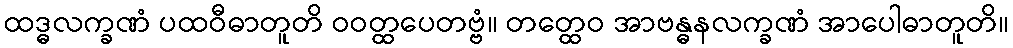
ထဒ္ဓလက္ခဏံ ပထဝီဓာတူတိ ဝဝတ္ထပေတဗ္ဗံ။ တတ္ထေဝ အာဗန္ဓနလက္ခဏံ အာပေါဓာတူတိ။